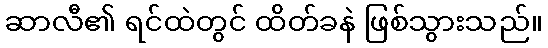
ဆာလီ၏ ရင်ထဲတွင် ထိတ်ခနဲ ဖြစ်သွားသည်။